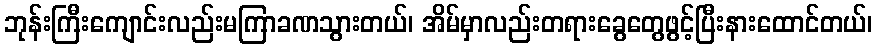
ဘုန်းကြီးကျောင်းလည်းမကြာခဏသွားတယ်၊ အိမ်မှာလည်းတရားခွေတွေဖွင့်ပြီးနားထောင်တယ်၊